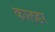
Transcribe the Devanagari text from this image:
कालडर